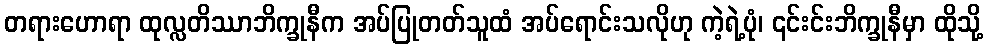
တရားဟောရာ ထုလ္လတိဿာဘိက္ခုနီက အပ်ပြုတတ်သူထံ အပ်ရောင်းသလိုဟု ကဲ့ရဲ့ပုံ၊ ၎င်းင်းဘိက္ခုနီမှာ ထိုသို့